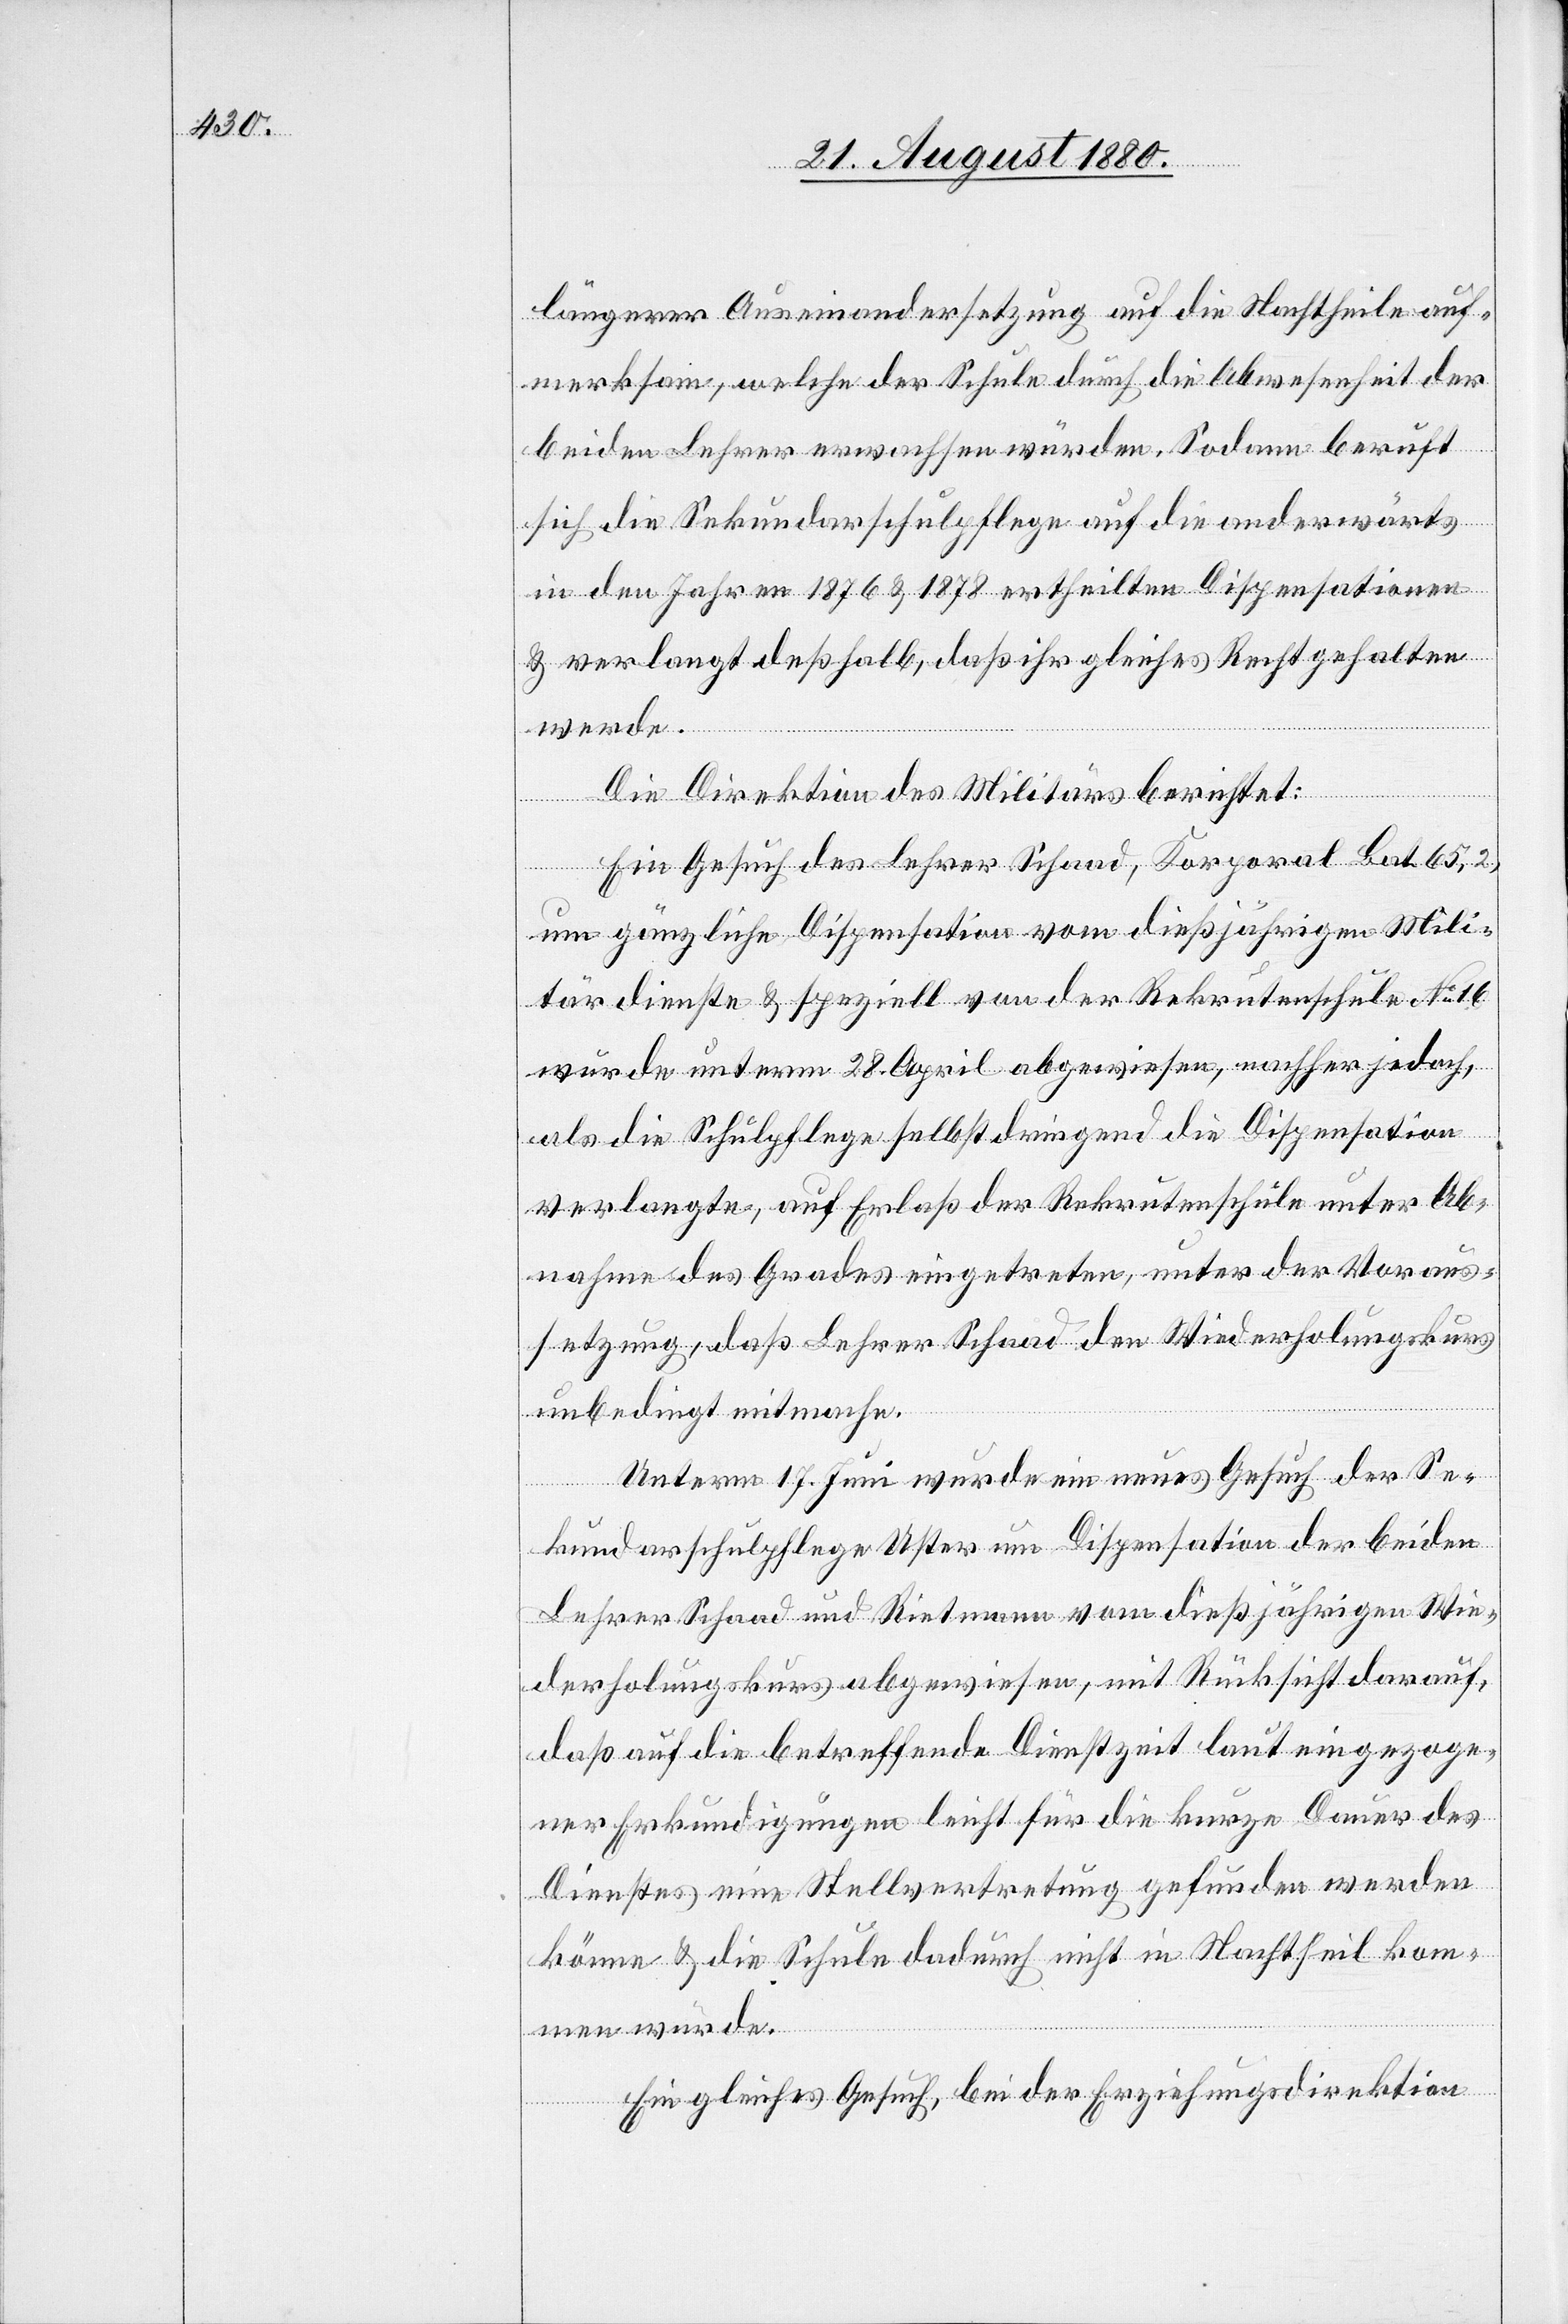
längerer Auseinandersetzung auf die Nachtheile auf¬
merksam, welche der Schule durch die Abwesenheit der
beiden Lehrer erwachsen würden. Sodann beruft
sich die Sekundarschulpflege auf die anderwärts
in den Jahren 1876 & 1878 ertheilten Dispensationen
& verlangt deßhalb, daß ihr gleiches Recht gehalten
werde.
Die Direktion des Militärs berichtet:
Ein Gesuch des Lehrer Schaad, Korporal Bat. 65,2,
um gänzliche Dispensation vom dießjährigen Mili¬
tärdienste & speziell von der Rekrutenschule No 16
wurde unterm 28. April abgewiesen, welcher jedoch,
als die Schulpflege selbst dringend die Dispensation
verlangte, auf Erlaß der Rekrutenschule unter Ab¬
nahme des Grades eingetreten, unter der Voraus¬
setzung, daß Lehrer Schaad den Widerholungskurs
unbedingt mitmache.
Unterm 17. Juni wurde ein neues Gesuch der Se¬
kundarschulpflege Uster um Dispensation der beiden
Lehrer Schaad und Rietmann vom dießjährigen Wie¬
derholungskurs abgewiesen, mit Rücksicht darauf
daß auf die betreffende Dienstzeit laut eingezoge¬
ner Erkundigungen leicht für die kurze Dauer des
Dienstes eine Stellvertretung gefunden werden
könne & die Schule dadurch nicht in Nachtheil kom¬
men würde.
Ein gleiches Gesuch, bei der Erziehungsdirektion